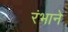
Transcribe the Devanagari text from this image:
रंभाने